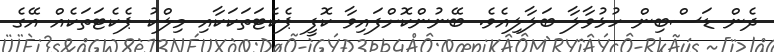
ދެން ޑަސްބިން ހުޅުވާލާ ބަލާލިއެވެ. ބޭނުންކޮށްފައިވާ ކޮފީ ޕެކެޓަތަކަކާއި މިލްކު ޕެކެޓަތަކެއް އޭގެ